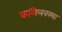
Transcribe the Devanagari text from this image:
कलिलवस्था